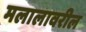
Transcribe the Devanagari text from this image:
मलालावरील